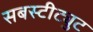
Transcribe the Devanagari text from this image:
सबस्टीट्युट